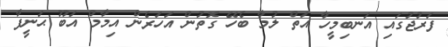
ފަރުޖުގައި އަނބިމީހާ އަތް ލުމާ ބެހޭ ގޮތުން އަހަރެން އިމާމް އަބޫ ޙަނީފާ